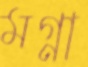
মগ্না